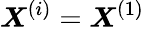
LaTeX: \boldsymbol{X}^{(i)}=\boldsymbol{X}^{(1)}